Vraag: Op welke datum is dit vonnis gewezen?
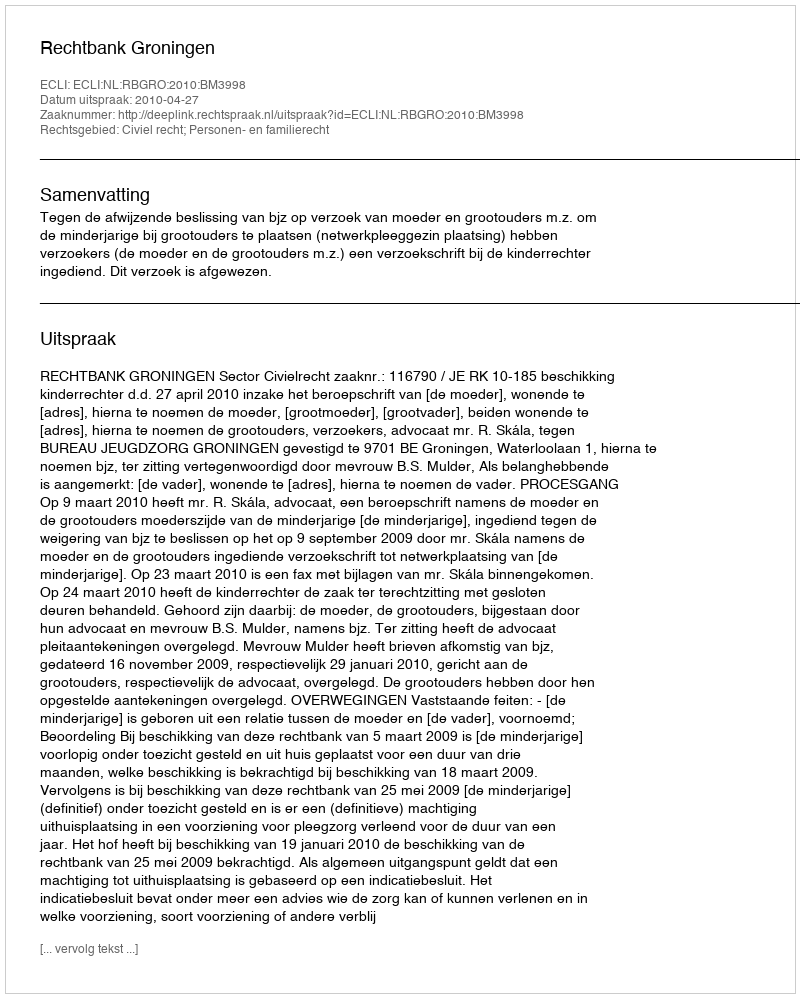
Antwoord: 2010-04-27